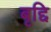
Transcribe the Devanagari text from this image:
बृद्दि